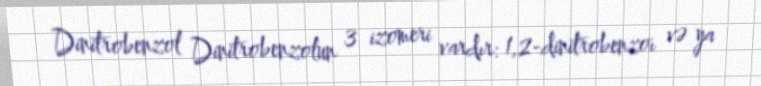
Dinitrobenzol Dinitrobenzolun 3 izomeri vardır: 1,2-dinitrobenzoı və ya